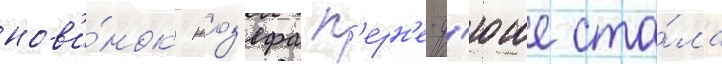
нов'и́нок жоз'ефа п'ерн'е-д'юше ста́ла